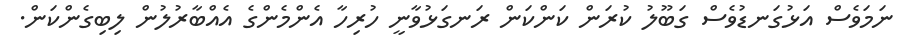
ނަމަވެސް އަޅުގަނޑުވެސް ގަބޫލު ކުރަން ކަންކަން ރަނގަޅުވާނީ ހުރިހާ އެންމެންގެ އެއްބާރުލުން ލިބިގެންކަން.